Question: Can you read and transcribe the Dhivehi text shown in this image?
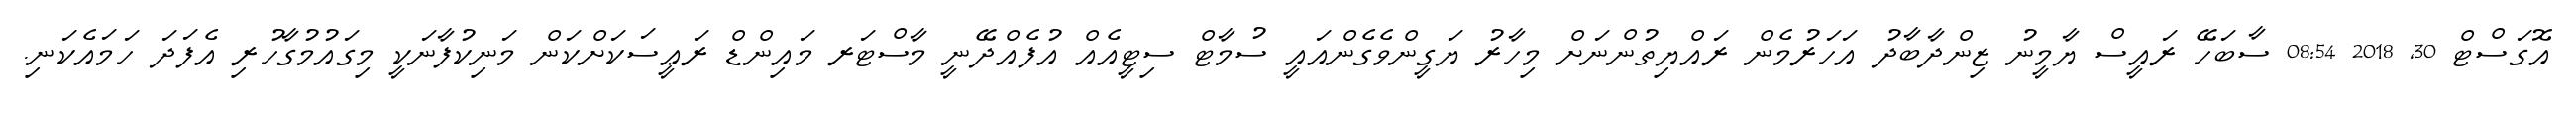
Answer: އޮގަސްޓް 30, 2018 08:54 ސާބަހޭ ރައީސް ޔާމީނު ޒިންދާބާދު އަހަރުމެން ރައްޔިތުންނަށް މިހާރު ޔަގީންވެގެންއައީ ސުމާޓް ސިޓީއެއް އުފެއްދޭނީ މާސްޓަރ މައިންޑް ރަޢީސަކަށްކަން މަނިކުފާނަކީ މިގައުމުގާހުރި އެފަދަ ހަމައެކަނި.